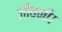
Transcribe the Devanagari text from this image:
जीवनी।